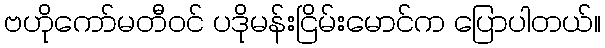
ဗဟိုကော်မတီဝင် ပဒိုမန်းငြိမ်းမောင်က ပြောပါတယ်။